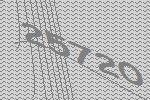
25720